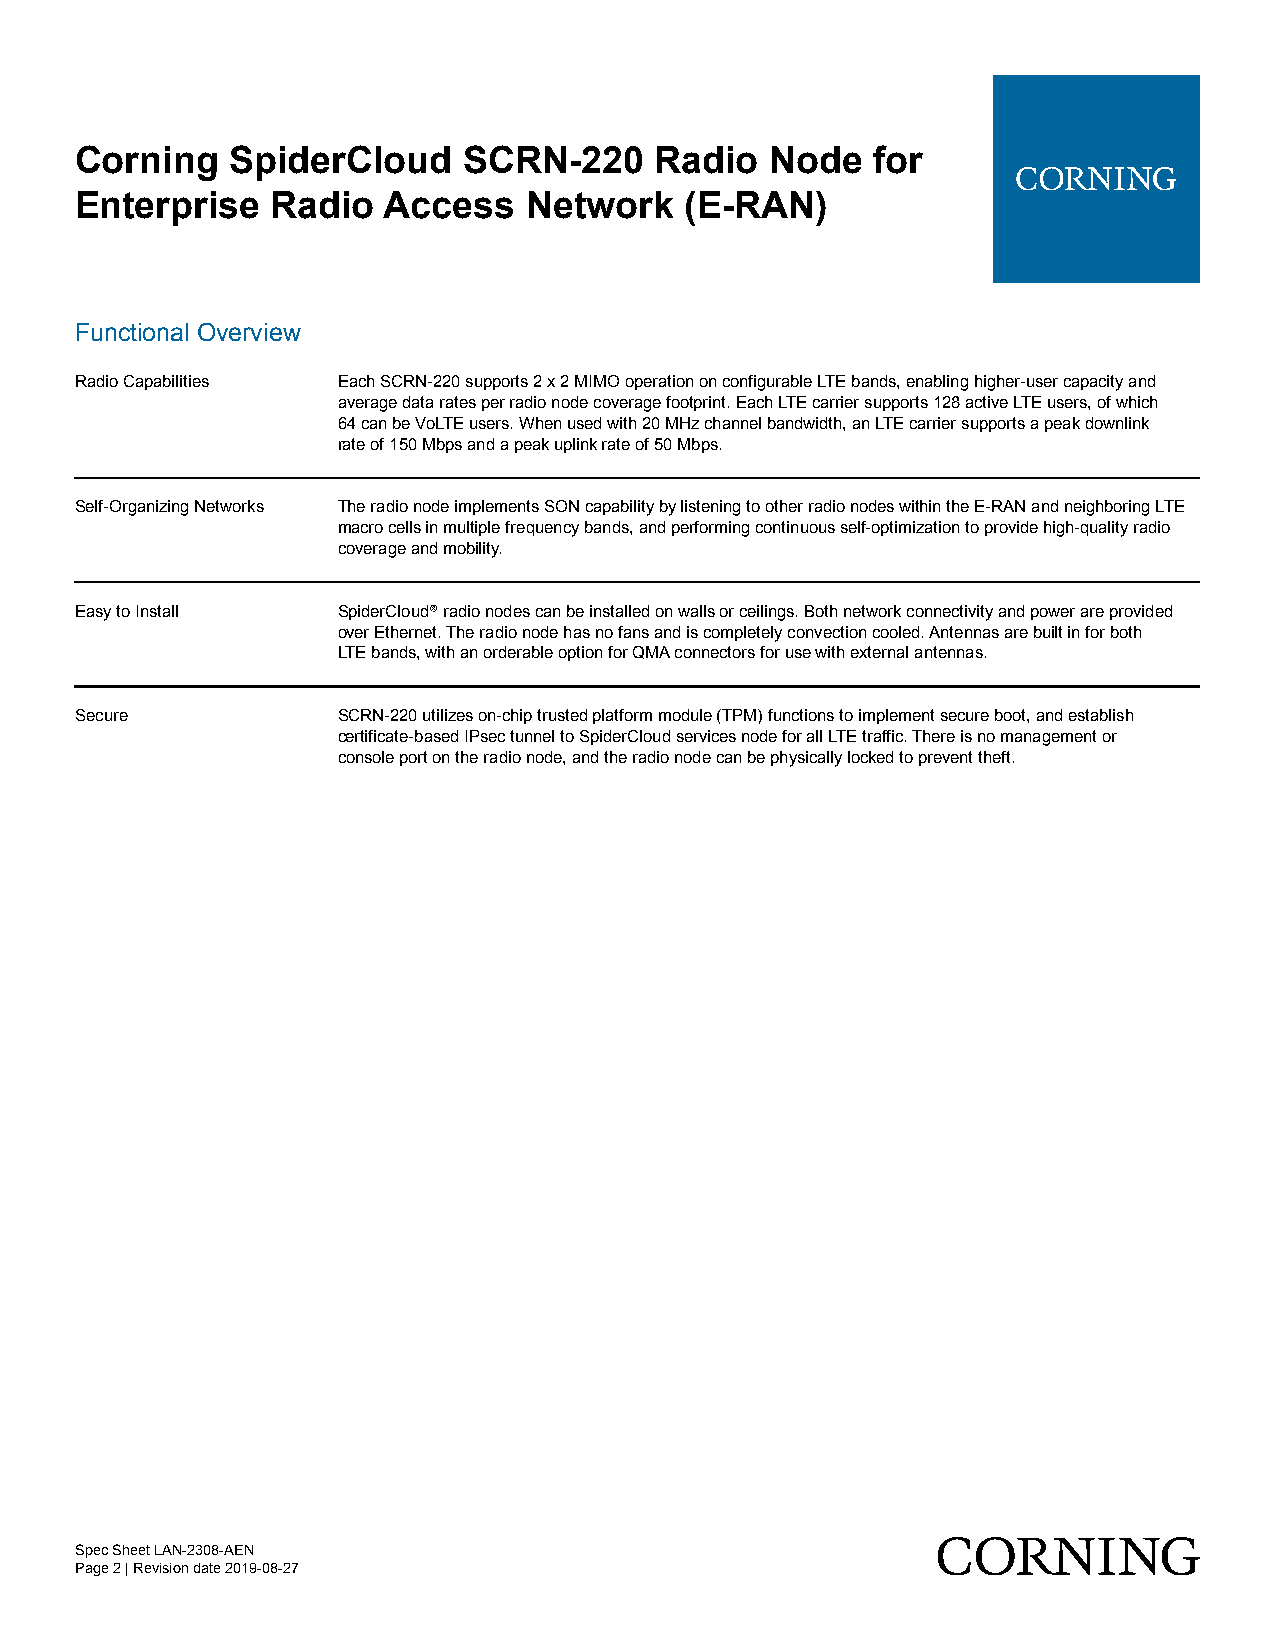
Corning   SpiderCloud     SCRN-220    Radio   Node   for
 Enterprise   Radio  Access    Network   (E-RAN)
 Functional Overview
 Radio Capabilities Each SCRN-220 supports 2 x 2 MIMO operation on configurable LTE bands, enabling higher-user capacity and
 average data rates per radio node coverage footprint. Each LTE carrier supports 128 active LTE users, of which
 64 can be VoLTE users. When used with 20 MHz channel bandwidth, an LTE carrier supports a peak downlink
 rate of 150 Mbps and a peak uplink rate of 50 Mbps.
 Self-Organizing Networks The radio node implements SON capability by listening to other radio nodes within the E-RAN and neighboring LTE
 macro cells in multiple frequency bands, and performing continuous self-optimization to provide high-quality radio
 coverage and mobility.
 Easy to Install  SpiderCloud® radio nodes can be installed on walls or ceilings. Both network connectivity and power are provided
 over Ethernet. The radio node has no fans and is completely convection cooled. Antennas are built in for both
 LTE bands, with an orderable option for QMA connectors for use with external antennas.
 Secure           SCRN-220 utilizes on-chip trusted platform module (TPM) functions to implement secure boot, and establish
 certificate-based IPsec tunnel to SpiderCloud services node for all LTE traffic. There is no management or
 console port on the radio node, and the radio node can be physically locked to prevent theft.
 Spec Sheet LAN-2308-AEN
 Page 2 | Revision date 2019-08-27